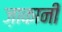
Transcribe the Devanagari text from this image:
ज़ाकानी